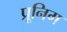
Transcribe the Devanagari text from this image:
प्रूनिग